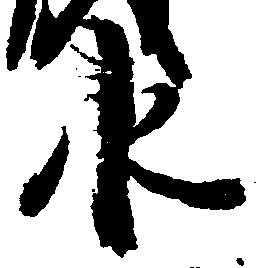
水